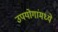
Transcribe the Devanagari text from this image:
उपयोगांमध्ये